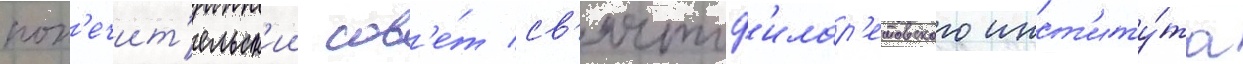
поп'ечит'ельск'ии сов'е́т св'ятоф'илар'етовского инст'иту́та